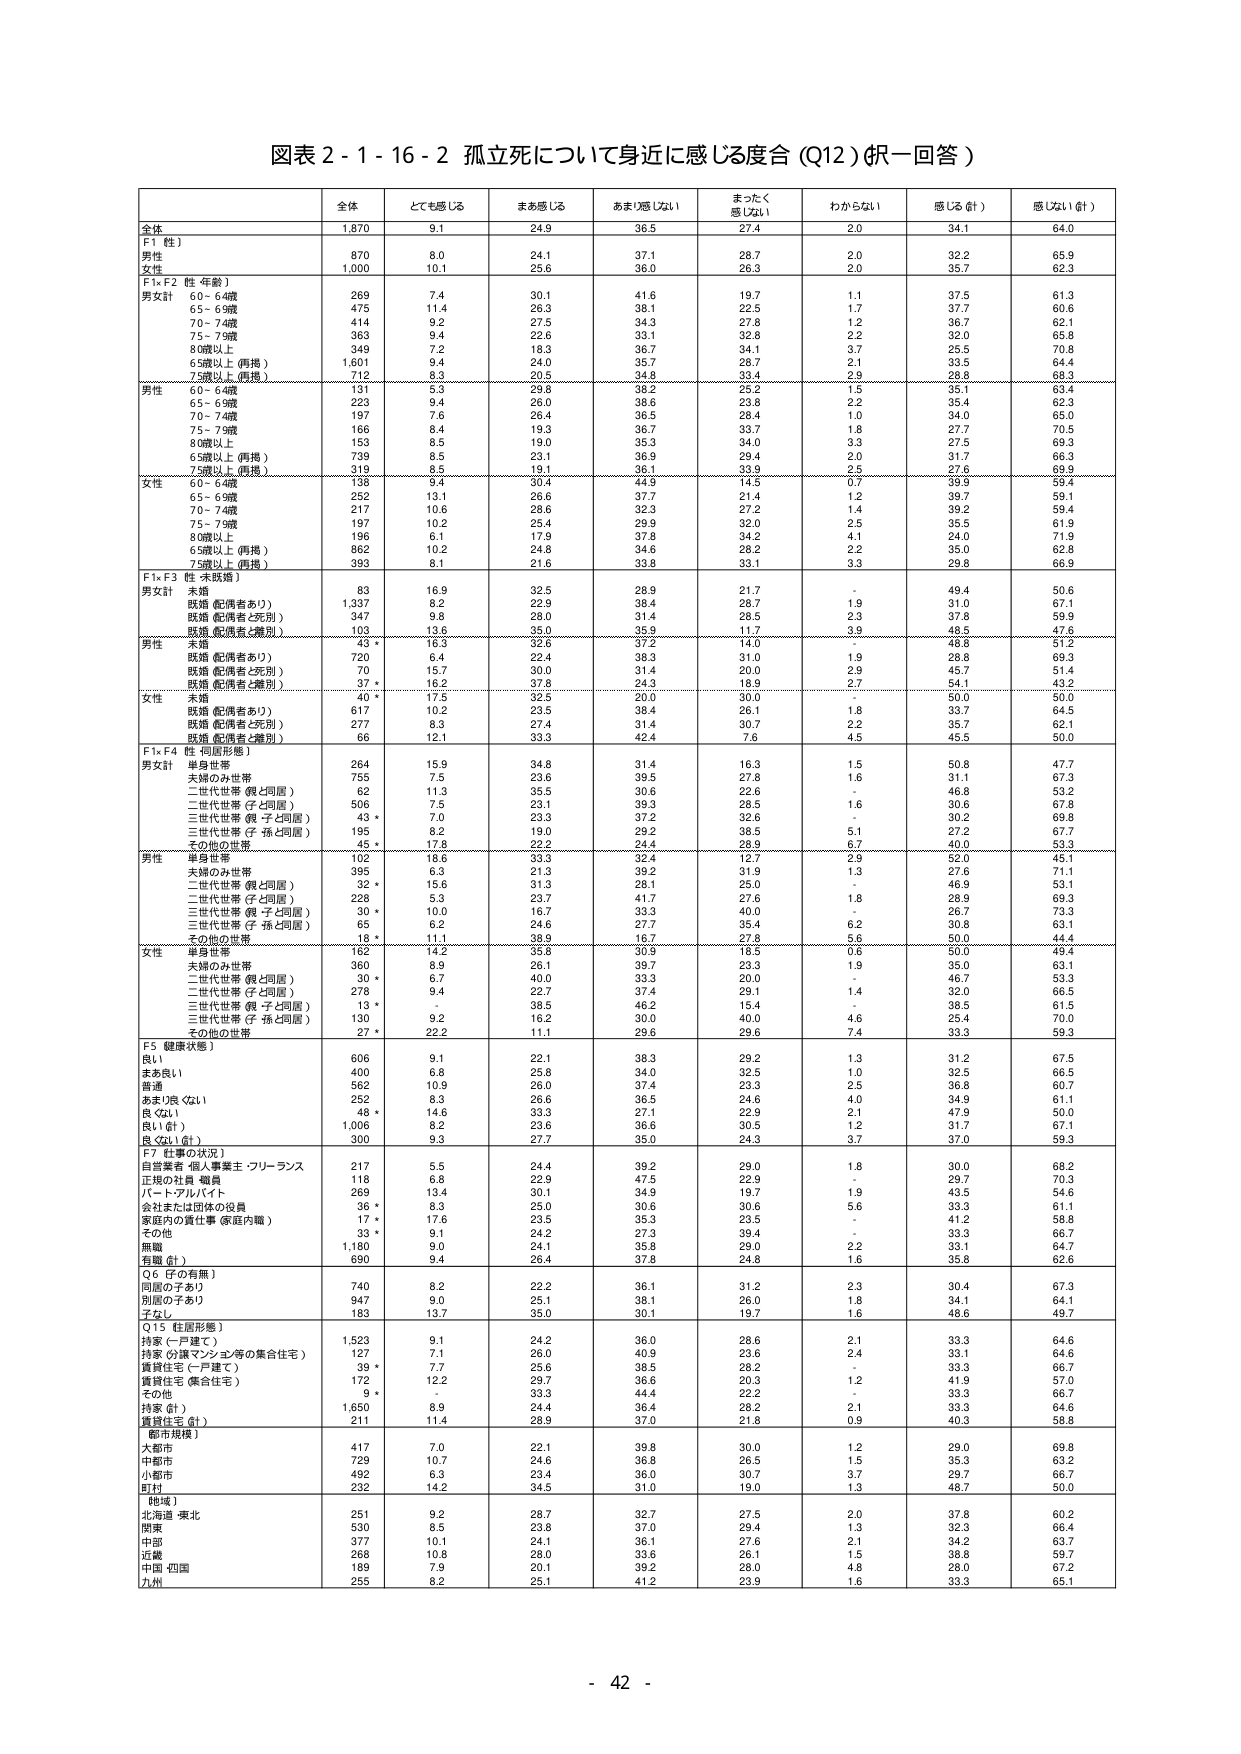
図表２-１-１６-２ 孤立死について身近に感じる度合（Q12）（択一回答）

全体 とても感じる まあ感じる あまり感じない まったく感じない わからない 感じる（計） 感じない（計）

全体 1,870 9.1 24.9 36.5 27.4 2.0 34.1 64.0

F1（性）
男性 870 8.0 24.1 37.1 28.7 2.0 32.2 65.9
女性 1,000 10.1 25.6 36.0 26.3 2.0 35.7 62.3

F1×F2（性・年齢）
男女計
60-64歳 269 7.4 30.1 41.6 19.7 1.1 37.5 61.3
65-69歳 475 11.4 26.3 38.1 22.5 1.7 37.7 60.6
70-74歳 414 9.2 27.5 34.3 27.8 1.2 36.7 62.1
75-79歳 363 9.4 22.6 33.1 32.8 2.2 32.0 65.8
80歳以上 349 7.2 18.3 36.7 34.1 3.7 25.5 70.8
65歳以上（再掲） 1,601 9.4 24.0 35.7 28.7 2.1 33.5 64.4
75歳以上（再掲） 712 8.3 20.5 34.8 33.4 2.9 28.8 68.3

男性
60-64歳 131 5.3 29.8 38.2 25.2 1.5 35.1 63.4
65-69歳 223 9.4 26.0 38.6 23.8 2.2 35.4 62.3
70-74歳 197 7.6 26.4 36.5 26.4 1.0 34.0 65.0
75-79歳 166 8.4 19.3 36.7 33.7 1.8 27.7 70.5
80歳以上 153 8.5 19.0 35.3 34.0 3.3 27.5 69.3
65歳以上（再掲） 739 8.5 23.1 36.9 29.4 2.0 31.7 66.3
75歳以上（再掲） 319 8.5 19.1 36.1 33.9 2.5 27.6 69.9

女性
60-64歳 138 9.4 30.4 44.9 14.5 0.7 39.9 59.4
65-69歳 252 13.1 26.6 37.7 21.4 1.2 39.7 59.1
70-74歳 217 10.6 28.6 32.3 27.2 1.4 39.2 59.4
75-79歳 197 10.2 25.4 29.9 32.0 2.5 35.5 61.9
80歳以上 196 6.1 17.9 37.8 34.2 4.1 24.0 71.9
65歳以上（再掲） 862 10.2 24.8 34.6 28.2 2.2 35.0 62.8
75歳以上（再掲） 393 8.1 21.6 33.8 33.1 3.3 29.8 66.9

F1×F3（性・未婚婚）
男女計
未婚 83 16.9 32.5 28.9 21.7 - 49.4 50.6
既婚（配偶者あり） 1,337 8.2 22.9 38.4 28.7 1.9 31.0 67.1
既婚（配偶者と死別） 347 9.8 28.0 31.4 28.5 2.3 37.8 59.9
既婚（配偶者と離別） 103 13.6 35.0 35.9 11.7 3.9 48.5 47.6

男性
未婚 43 * 16.3 32.6 37.2 14.0 - 48.8 51.2
既婚（配偶者あり） 720 6.4 22.4 38.3 31.0 1.9 28.8 69.3
既婚（配偶者と死別） 70 15.7 30.0 31.4 20.0 2.9 45.7 51.4
既婚（配偶者と離別） 37 * 16.2 37.8 24.3 18.9 2.7 54.1 44.2

女性
未婚 40 * 17.5 32.5 20.0 30.0 - 50.0 50.0
既婚（配偶者あり） 617 10.2 23.5 38.4 26.1 1.8 33.7 64.5
既婚（配偶者と死別） 277 8.3 27.4 31.4 30.7 2.2 35.7 62.1
既婚（配偶者と離別） 66 12.1 33.3 42.4 7.6 4.5 45.5 50.0

F1×F4（性・同居形態）
男女計
単身世帯 264 15.9 34.8 31.4 16.3 1.5 50.8 47.7
夫婦のみ世帯 755 7.5 23.6 39.5 27.8 1.6 31.1 67.3
二代世帯（親と同居） 62 11.3 35.5 30.6 22.6 - 46.8 53.2
三代世帯（子と同居） 506 7.5 23.1 39.3 28.5 1.6 30.6 67.8
三代世帯（親・子と同居） 43 * 7.0 23.3 37.2 32.6 - 30.2 69.8
三代世帯（子・孫と同居） 195 8.2 19.0 29.2 36.5 5.1 27.2 67.7
その他の世帯 45 * 17.8 29.2 24.4 28.9 6.7 40.0 53.3

男性
単身世帯 102 18.6 33.3 32.4 12.7 2.9 52.0 45.1
夫婦のみ世帯 395 6.3 21.3 39.2 31.9 1.3 27.6 71.1
二代世帯（親と同居） 32 * 15.6 31.3 28.1 25.0 - 46.9 53.1
三代世帯（子と同居） 228 5.3 23.7 41.7 27.6 1.8 28.9 69.3
三代世帯（親・子と同居） 30 * 10.0 16.7 33.3 40.0 - 26.7 73.3
三代世帯（子・孫と同居） 65 6.2 24.6 27.7 35.4 6.2 30.8 63.1
その他の世帯 18 * 11.1 38.9 16.7 27.8 5.6 50.0 44.4

女性
単身世帯 162 14.2 35.8 30.9 16.5 0.6 50.0 49.4
夫婦のみ世帯 360 8.9 26.1 39.7 23.3 1.9 35.0 63.1
二代世帯（親と同居） 30 * 6.7 40.0 33.3 20.0 - 46.7 53.3
三代世帯（子と同居） 278 9.4 22.7 37.4 29.1 1.4 32.0 66.5
三代世帯（親・子と同居） 13 * - 38.5 46.2 15.4 - 38.5 61.5
三代世帯（子・孫と同居） 130 9.2 16.2 30.0 40.0 4.6 25.4 70.0
その他の世帯 27 * 22.2 11.1 29.6 29.6 7.4 33.3 59.3

F5（健康状態）
良い 606 9.1 22.1 38.3 29.2 1.3 31.2 67.5
まあ良い 400 6.8 25.8 34.0 32.5 1.0 32.5 66.5
普通 562 10.9 26.0 37.4 23.3 2.5 36.8 60.7
あまり良くない 252 8.3 26.6 36.5 24.6 4.0 34.9 61.1
良くない 48 * 14.6 33.3 27.1 22.9 2.1 47.9 50.0
良い（計） 1,006 8.2 23.6 36.6 30.5 1.2 31.7 67.1
良くない（計） 300 9.3 27.7 35.0 24.3 3.7 37.0 59.3

F7（仕事の状況）
自営業者・個人事業主・フリーランス 217 5.5 24.4 39.2 29.0 1.8 30.0 68.2
正規の社員・職員 118 6.8 22.9 47.5 22.9 - 29.7 70.3
パート・アルバイト 269 13.4 30.1 34.9 19.7 1.9 43.5 54.6
会社または団体の役員 36 * 8.3 25.0 30.6 30.6 5.6 33.3 61.1
家庭内の責任事（家庭内職） 17 * 17.6 23.5 35.3 23.5 - 41.2 58.8
その他 33 * 9.1 24.2 27.3 39.4 - 33.3 66.7
無職 1,180 9.0 24.1 35.8 29.0 2.2 33.1 64.7
有職（計） 690 9.4 26.4 37.8 24.8 1.6 35.8 62.6

Q6（子の有無）
同居の子あり 740 8.2 22.2 36.1 31.2 2.3 30.4 67.3
別居の子あり 947 9.0 25.1 38.1 26.0 1.8 34.1 64.1
子なし 183 13.7 35.0 30.1 19.7 1.6 48.6 49.7

Q15（住居形態）
持家（一戸建て） 1,523 9.1 24.2 36.0 28.6 2.1 33.3 64.6
持家（分譲マンション等の集合住宅） 127 7.1 26.0 40.9 23.6 2.4 33.1 64.6
賃貸住宅（一戸建て） 39 * 7.7 25.6 38.5 28.2 - 33.3 66.7
賃貸住宅（集合住宅） 172 12.2 29.7 36.6 20.3 1.2 41.9 57.0
その他 9 * - 33.3 44.4 22.2 - 33.3 66.7
持家（計） 1,650 8.9 24.4 36.4 28.2 2.1 33.3 64.6
賃貸住宅（計） 211 11.4 28.9 37.0 21.8 0.9 40.3 58.8

都市規模
大都市 417 7.0 22.1 39.8 30.0 1.2 29.0 69.8
中都市 729 10.7 24.6 36.8 26.5 1.5 35.3 63.2
小都市 492 6.3 23.4 36.0 30.7 3.7 29.7 66.7
町村 232 14.2 34.5 31.0 19.0 1.3 48.7 50.0

地域
北海道・東北 251 9.2 28.7 32.7 27.5 2.0 37.8 60.2
関東 530 8.5 23.8 37.0 29.4 1.3 32.3 66.4
中部 377 10.1 24.1 36.1 27.6 2.1 34.2 63.7
近畿 268 10.8 28.0 33.6 26.1 1.5 38.8 59.7
中国・四国 189 7.9 20.1 39.2 28.0 4.8 28.0 67.2
九州 255 8.2 25.1 41.2 23.9 1.6 33.3 65.1

- 42 -